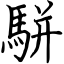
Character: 駢